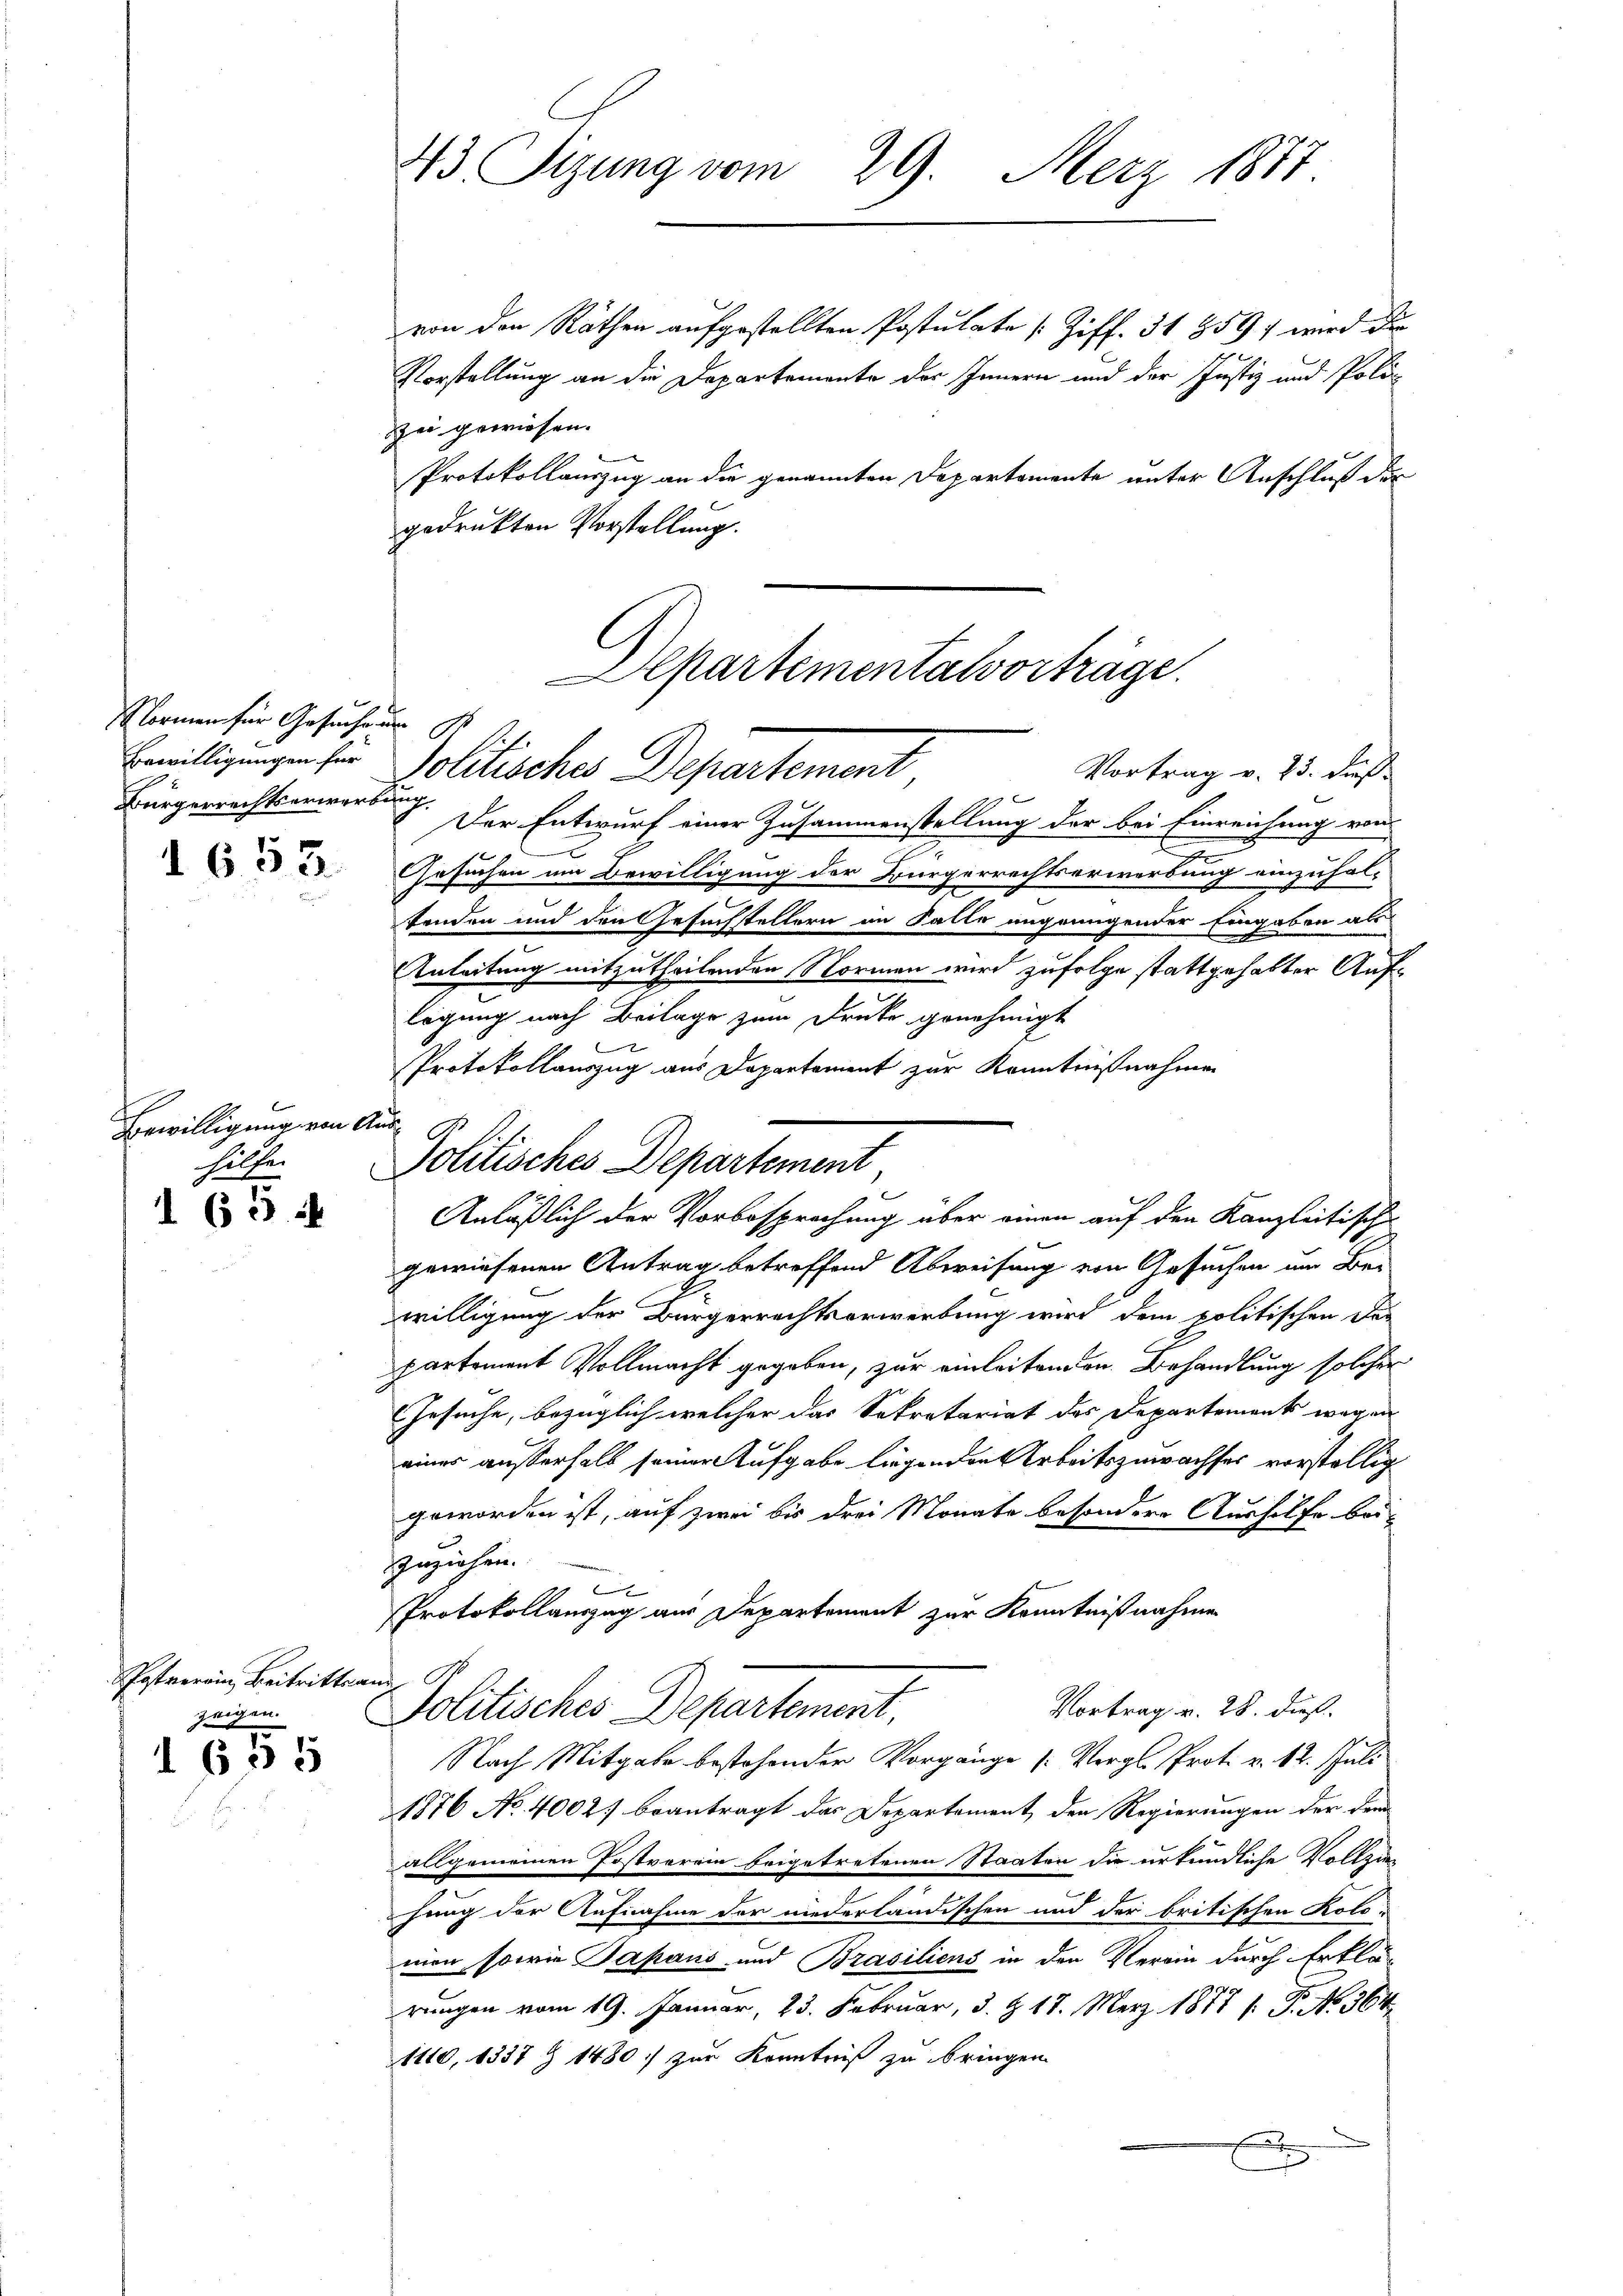
Normen für Gesuchung
Bewilligungen für
Bürgerrechtserwerbung
1 653.

Bewilligung von
hilfen
165 f

PPostverein, Beitritten
zeigen.
1 655

43 Sizung vom 29. Merz 1887.

von den Räthen aufgestellten Postulate (Ziff. 31 859 wird der
Vorstellung an die Departemente des Innern und der Justiz und Poli¬
Zei gewiesen.
Protokollauszug an die genannten Departemente unter Anschluß der
gedrukten Vorstellung.
Alpartementalvorträge.

Politisches Departement
Vortrag v. 25. dieß

Der Entwurf einer Zusammenstellung der bei Einreichung von
u
Gesuchen um Bewilligung der Bürgerrechtserwerbung einzuhal-
tenden und den Gesuchstellern im Falle ungrungender Eingaben als
Anleitung mitzutheilenden Normen wird zufolge stattgehalter Auflegung nach Beilage zum Druke genehmigt
f
Protokollauszug aus Departement zur Kenntnißnahmen
Rei
Politisches Departement
Anläßlich der Vorbesprechung über einen auf den Kanzleitische
gewiesenen Antrag betreffend Abweisung von Gesuchen am Bei
willigung der Bürgerrechtserwerbung wird dem politischen Dur
partement Vollmacht gegeben, zur einleitenden Behandlung solcher
Gesuche, bezüglich welcher das Sekretariat des Departements wegen
einer außerhalb seiner Aufgabe liegenden Arbeitszuwachses vorstellig
geworden ist, auf zwei bis drei Monate besondere Aushilfe beizuziehen.
d
Protokollauszug aus Departement zur Kenntnißnahmen
n
Vortrag v. 28. dieß.
Politisches Departement,
Nach Mitgabe bestehender Vorgänge (Vergl. Prot. v. 12. Juli
1876 No. 4002) beantragt das Departement, den Regierungen der dem
allgemeinen Postverein frigetretenen Staaten die urkundliche Vollen
hung der Aufnahme der niederländischen und der britischen Kolo-
mien, sowie Japans und Brasiliens in den Verein durch Erklär
rungen vom 19. Januar, 23. Februar, 3. & 17. März 1877 /: P. No. 364.
1110, 1537 Z 1480 zur Kenntniß zu bringen
x
x